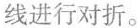
线进行对折。